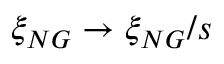
\xi _ { N G } \to \xi _ { N G } / s